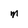
Character: M